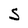
Character: S